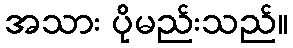
အသား ပိုမည်းသည်။